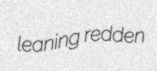
leaning redden